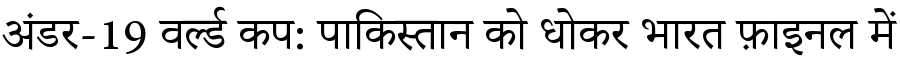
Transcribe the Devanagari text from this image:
अंडर-19 वर्ल्ड कप: पाकिस्तान को धोकर भारत फ़ाइनल में